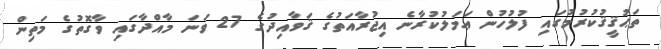
ތަޙުޤީޤުކުރުމުގައި ފުލުހުން ޢަމަލުކުރާނެ އިޖުރާއަތުގެ ޤަވާއިދުގެ 27 ވަނަ މާއްދާގައި ވާގޮތުގެ މަތިން